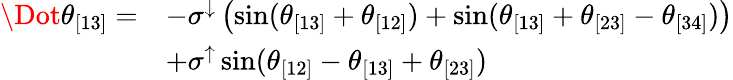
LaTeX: \begin{array}{rl}{\Dot{\theta}_{[13]}=}&{-\sigma^{\downarrow}\left(\sin(\theta_{[13]}+\theta_{[12]})+\sin(\theta_{[13]}+\theta_{[23]}-\theta_{[34]})\right)}\\ &{+\sigma^{\uparrow}\sin(\theta_{[12]}-\theta_{[13]}+\theta_{[23]})}\end{array}